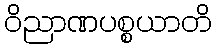
ဝိညာဏပစ္စယာတိ